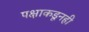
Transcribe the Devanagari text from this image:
पक्षाकडूनही